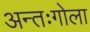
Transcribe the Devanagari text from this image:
अन्तःगोला